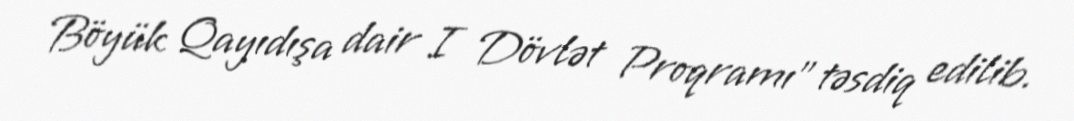
Böyük Qayıdışa dair I Dövlət Proqramı” təsdiq edilib.